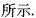
所示.